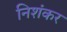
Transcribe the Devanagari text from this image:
निशंकर